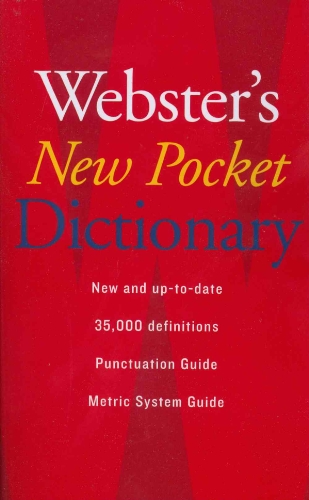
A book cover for Webster's New Pocket Dictionary; Editors of Webster's New World Dictionaries; Reference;